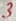
Text: 3